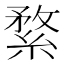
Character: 䋷